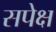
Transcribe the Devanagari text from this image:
सपेक्ष